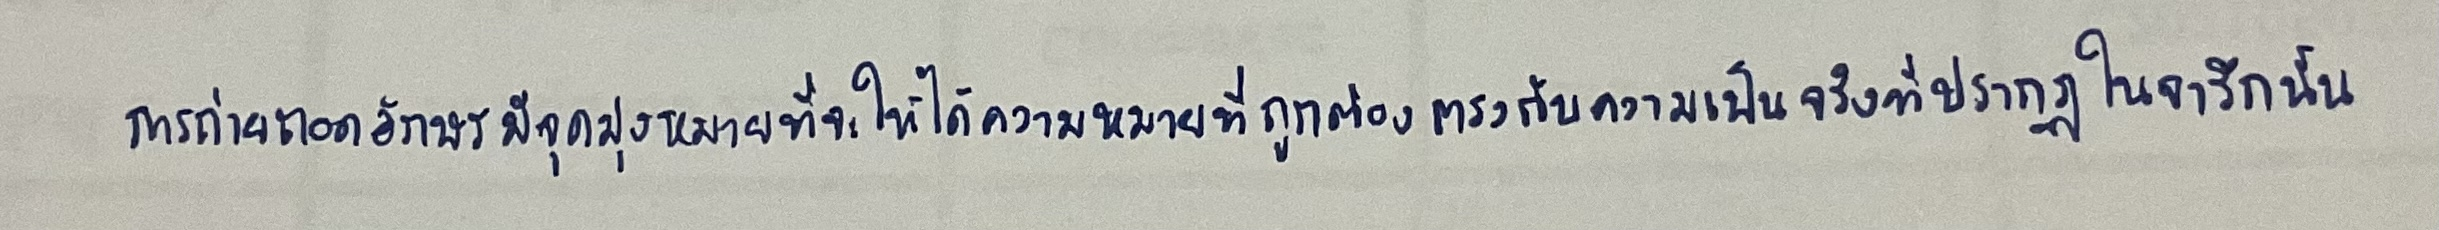
การถ่ายถอดอักษรมีจุดมุ่งหมายที่จะให้ได้ความหมายที่ถูกต้องตรงกับความเป็นจริงที่ปรากฏในจารึกนั้น